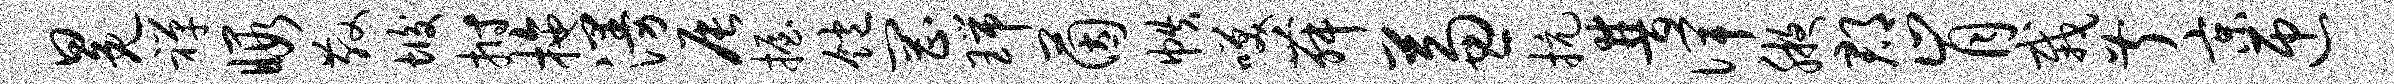
冕禅暇散垢拊拖漫辰握饱罔瑞茵帙笑舞兼抗普俾腋郡肯栽叔京匝